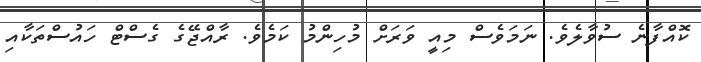
ކޮއްފާނެ ސުވާލެވެ. ނަމަވެސް މިއީ ވަރަށް މުހިންމު ކަމެވެ. ރާއްޖޭގެ ގެސްޓް ހައުސްތަކާއި